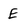
Character: E